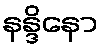
နန္ဒိနော